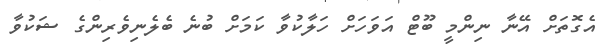
އެގޮތަށް އޭނާ ނިންމީ ބޫޓް އަވަހަށް ހަލާކުވާ ކަމަށް ބުނެ ބެލެނިވެެރިންގެ ޝަކުވާ